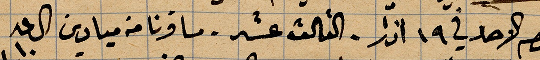
يوم احد في ١٩ اذار. الثالث عشر. سافرنا من ميادين الساعة ١٠